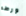
ورطه